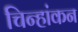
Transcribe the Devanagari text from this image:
चिन्हांकन